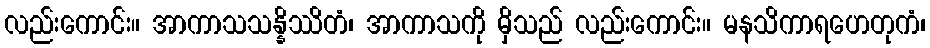
လည်းကောင်း။ အာကာသသန္နိဿိတံ၊ အာကာသကို မှိသည် လည်းကောင်း။ မနသိကာရဟေတုကံ၊